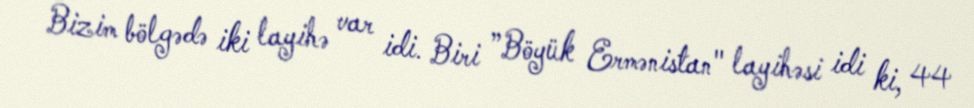
Bizim bölgədə iki layihə var idi. Biri ”Böyük Ermənistan" layihəsi idi ki, 44